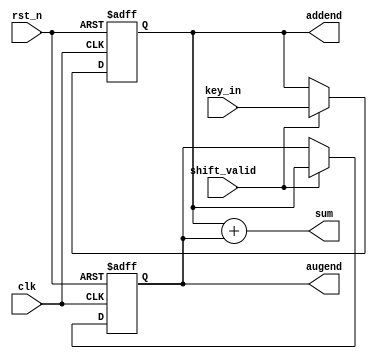
`timescale 1ns / 1ps
//////////////////////////////////////////////////////////////////////////////////
// Company: 
// Engineer: 
// 
// Design Name: 
// Module Name: shifter_adder
// Project Name: 
// Target Devices: 
// Tool Versions: 
// Description: 
// 
// Dependencies: 
// 
// Revision:
// Revision 0.01 - File Created
// Additional Comments:
// 
//////////////////////////////////////////////////////////////////////////////////


module shifter_adder(
    input [3:0]key_in,
    input clk,
    input shift_valid,
    input rst_n,
    output reg [3:0]addend,
    output reg [3:0]augend,
    output reg [4:0]sum
    );
    reg [3:0]addend_next;
    reg [3:0]augend_next;

// shifter
    always @(posedge clk or negedge rst_n)  // no shift
        if (~rst_n) addend <= 4'd0;
        else addend <= addend_next;
    always @(posedge clk or negedge rst_n)
        if (~rst_n) augend <= 4'd0;
        else augend <= augend_next;    

    always @* begin                    // shift
        if (shift_valid)  begin
            addend_next <= key_in;
            augend_next <= addend;
        end
        else  begin
            addend_next <= addend;
            augend_next <= augend;
       end  
   end
    
// adder
    always @*
        sum = addend + augend;

endmodule